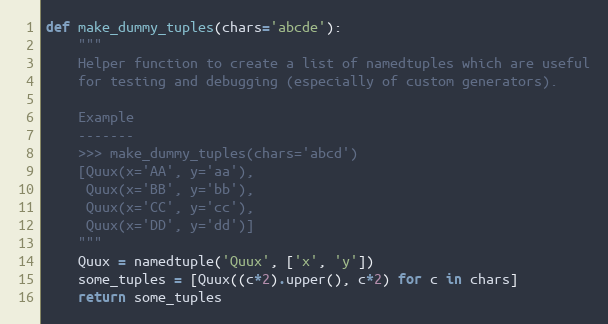
Language: Python
def make_dummy_tuples(chars='abcde'):
    """
    Helper function to create a list of namedtuples which are useful
    for testing and debugging (especially of custom generators).

    Example
    -------
    >>> make_dummy_tuples(chars='abcd')
    [Quux(x='AA', y='aa'),
     Quux(x='BB', y='bb'),
     Quux(x='CC', y='cc'),
     Quux(x='DD', y='dd')]
    """
    Quux = namedtuple('Quux', ['x', 'y'])
    some_tuples = [Quux((c*2).upper(), c*2) for c in chars]
    return some_tuples